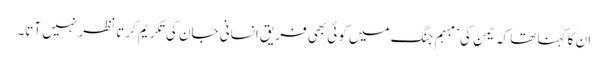
ان کا کہنا تھا کہ یمن کی ’مبہم جنگ میں کوئی بھی فریق انسانی جان کی تکریم کرتا نظر نہیں آتا۔